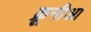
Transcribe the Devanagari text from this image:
क्रूनीआ